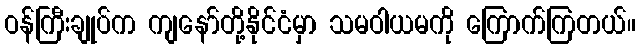
ဝန်ကြီးချုပ်က ကျနော်တို့နိုင်ငံမှာ သမဝါယမကို ကြောက်ကြတယ်။